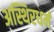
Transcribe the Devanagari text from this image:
अस्थिरधर्म